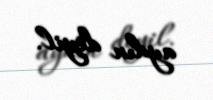
aydın deyil.